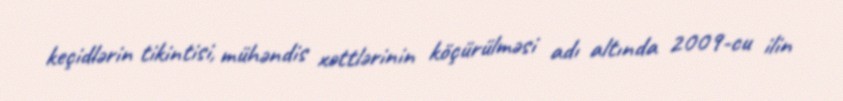
keçidlərin tikintisi, mühəndis xəttlərinin köçürülməsi adı altında 2009-cu ilin